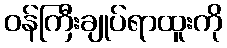
ဝန်ကြီးချုပ်ရာထူးကို